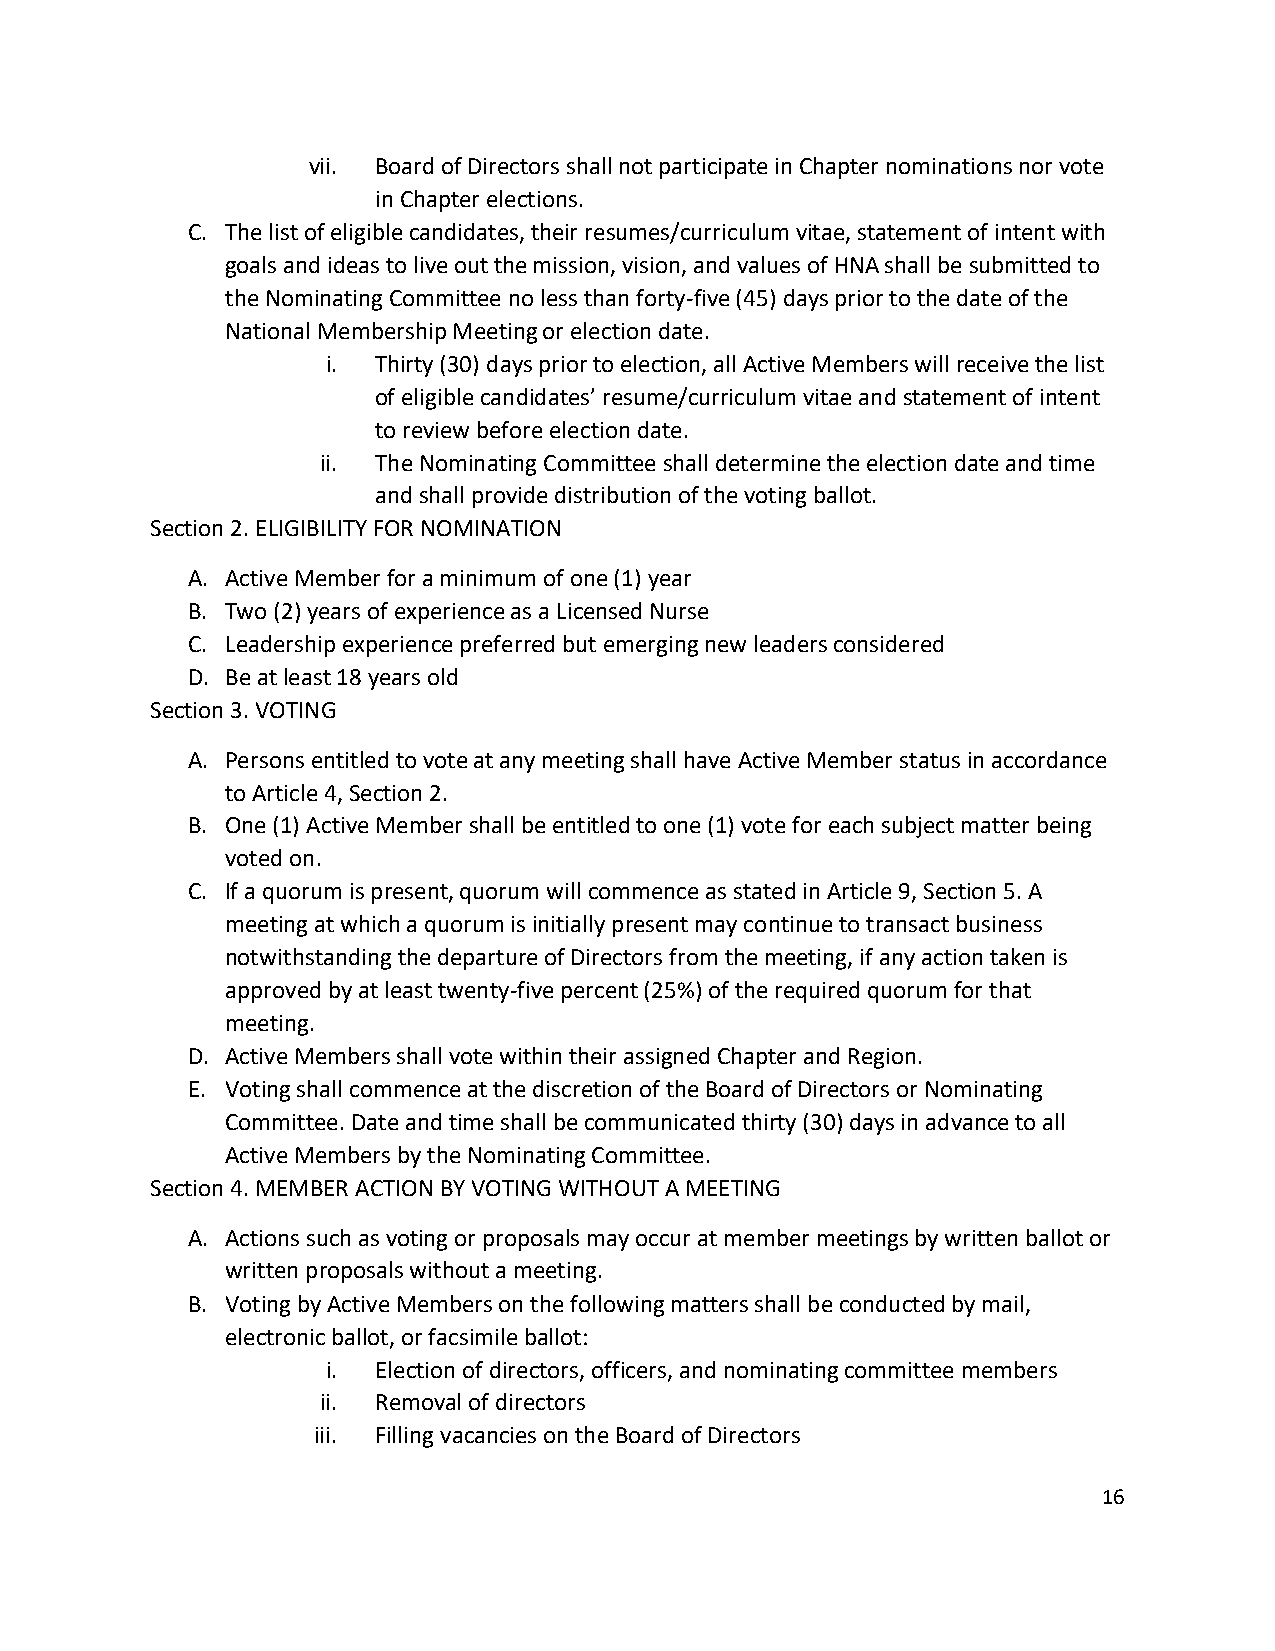
vii. Board of Directors shall not participate in Chapter nominations nor vote
 in Chapter elections.
 C. The list of eligible candidates, their resumes/curriculum vitae, statement of intent with
 goals and ideas to live out the mission, vision, and values of HNA shall be submitted to
 the Nominating Committee no less than forty-five (45) days prior to the date of the
 National Membership Meeting or election date.
 i. Thirty (30) days prior to election, all Active Members will receive the list
 of eligible candidates’ resume/curriculum vitae and statement of intent
 to review before election date.
 ii. The Nominating Committee shall determine the election date and time
 and shall provide distribution of the voting ballot.
 Section 2. ELIGIBILITY FOR NOMINATION
 A. Active Member for a minimum of one (1) year
 B. Two (2) years of experience as a Licensed Nurse
 C. Leadership experience preferred but emerging new leaders considered
 D. Be at least 18 years old
 Section 3. VOTING
 A. Persons entitled to vote at any meeting shall have Active Member status in accordance
 to Article 4, Section 2.
 B. One (1) Active Member shall be entitled to one (1) vote for each subject matter being
 voted on.
 C. If a quorum is present, quorum will commence as stated in Article 9, Section 5. A
 meeting at which a quorum is initially present may continue to transact business
 notwithstanding the departure of Directors from the meeting, if any action taken is
 approved by at least twenty-five percent (25%) of the required quorum for that
 meeting.
 D. Active Members shall vote within their assigned Chapter and Region.
 E. Voting shall commence at the discretion of the Board of Directors or Nominating
 Committee. Date and time shall be communicated thirty (30) days in advance to all
 Active Members by the Nominating Committee.
 Section 4. MEMBER ACTION BY VOTING WITHOUT A MEETING
 A. Actions such as voting or proposals may occur at member meetings by written ballot or
 written proposals without a meeting.
 B. Voting by Active Members on the following matters shall be conducted by mail,
 electronic ballot, or facsimile ballot:
 i. Election of directors, officers, and nominating committee members
 ii. Removal of directors
 iii. Filling vacancies on the Board of Directors
 16